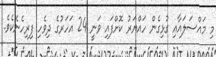
މި މައްސަލައާއި ގުޅިގެން ހައްޔަރު ކޮށްފައި ވަނީ 24 އަހަރުގެ ދިވެހި ފިރިހެނެކެވެ.